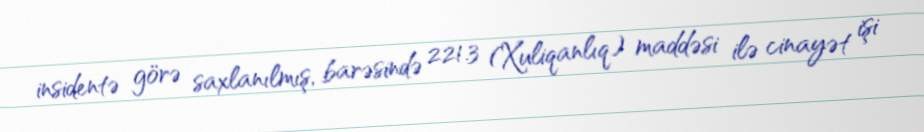
insidentə görə saxlanılmış, barəsində 221.3 (Xuliqanlıq) maddəsi ilə cinayət işi